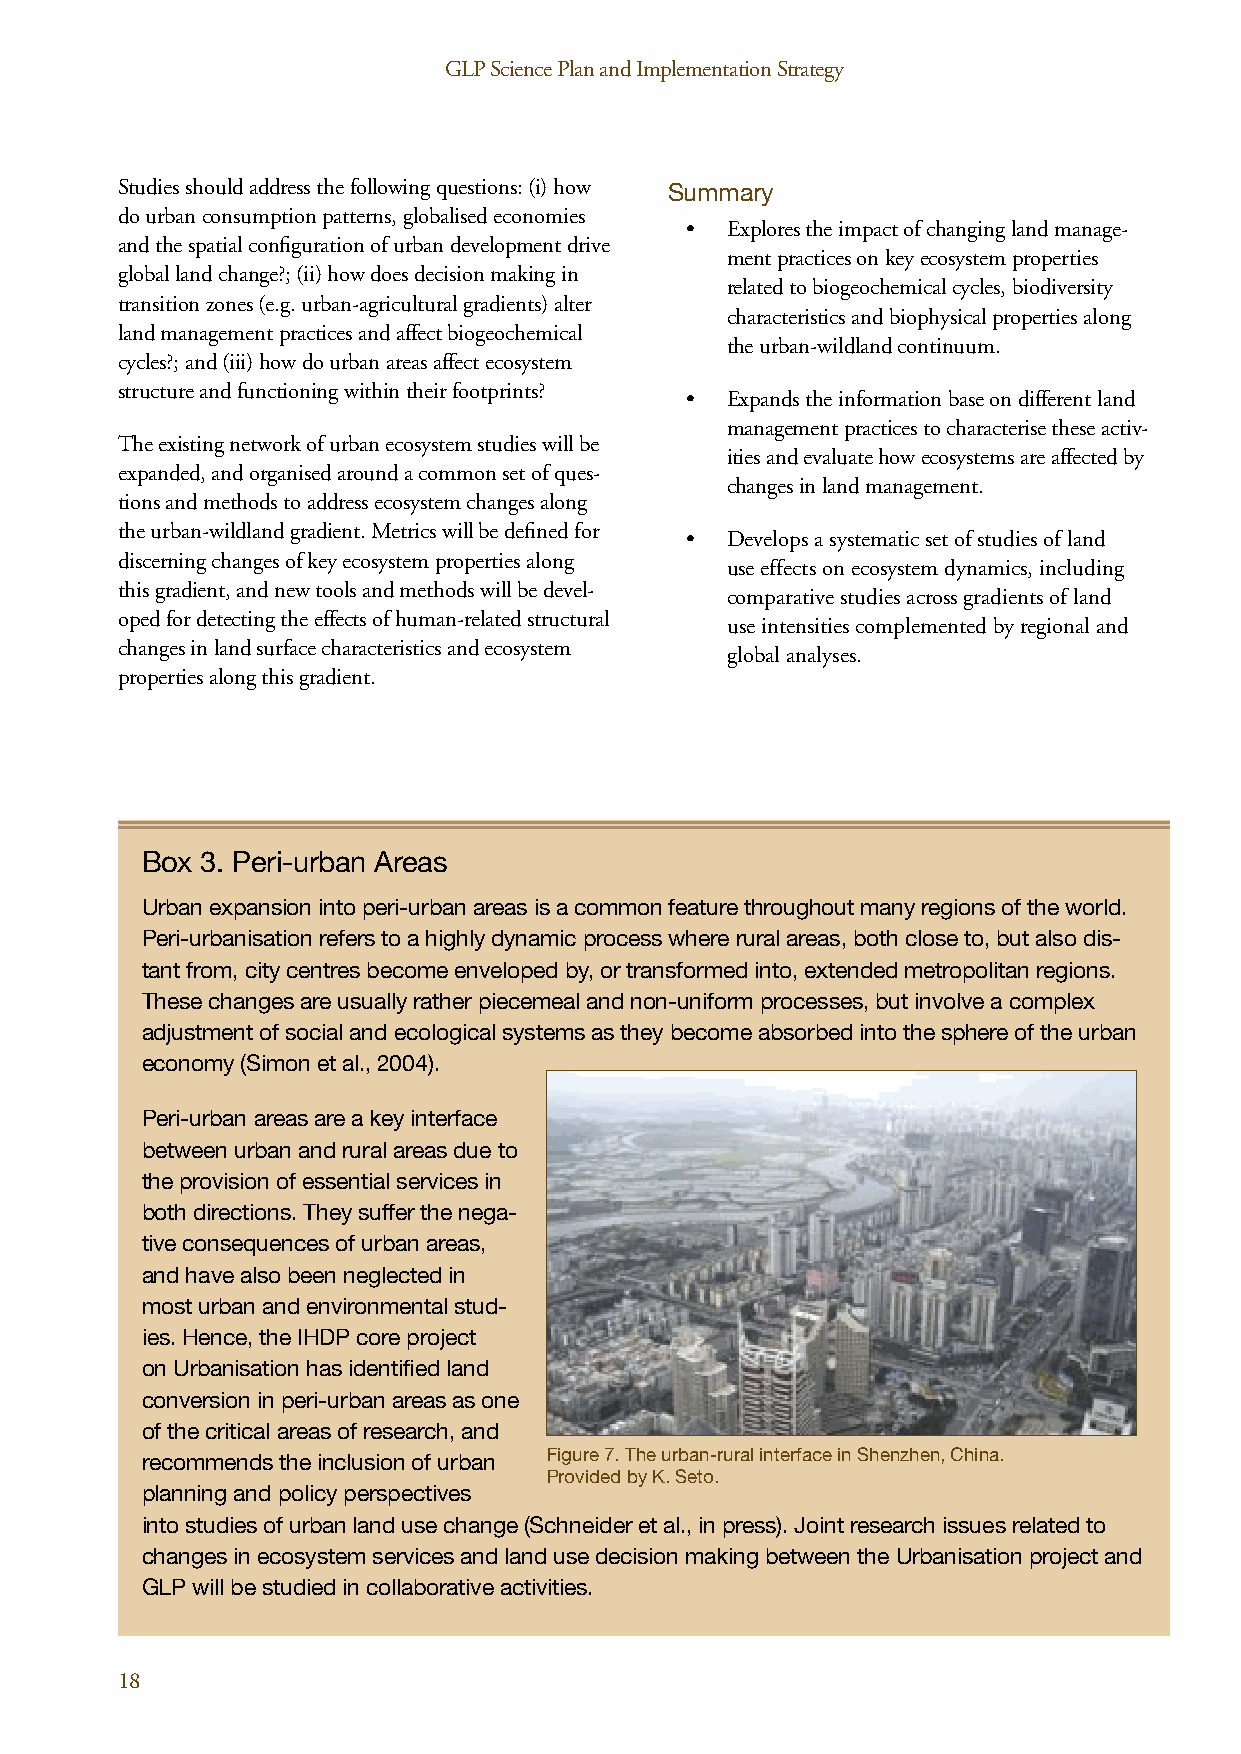
GLP Science Plan and Implementation Strategy                                   GLP Science Plan and Implementation Strategy
 Studies should address the following questions: (i) how Summary
 do urban consumption patterns, globalised economies
 •  Explores the impact of changing land manage-
 and the spatial configuration of urban development drive
 ment practices on key ecosystem properties
 global land change?; (ii) how does decision making in
 related to biogeochemical cycles, biodiversity
 transition zones (e.g. urban-agricultural gradients) alter
 characteristics and biophysical properties along
 land management practices and affect biogeochemical
 the urban-wildland continuum.
 cycles?; and (iii) how do urban areas affect ecosystem
 structure and functioning within their footprints?
 •  Expands the information base on different land
 management practices to characterise these activ-
 The existing network of urban ecosystem studies will be
 ities and evaluate how ecosystems are affected by
 expanded, and organised around a common set of ques-
 changes in land management.
 tions and methods to address ecosystem changes along
 the urban-wildland gradient. Metrics will be defined for
 •  Develops a systematic set of studies of land
 discerning changes of key ecosystem properties along
 use effects on ecosystem dynamics, including
 this gradient, and new tools and methods will be devel-
 comparative studies across gradients of land
 oped for detecting the effects of human-related structural
 use intensities complemented by regional and
 changes in land surface characteristics and ecosystem
 global analyses.
 properties along this gradient.
 Box 3. Peri-urban Areas
 Urban expansion into peri-urban areas is a common feature throughout many regions of the world.
 Peri-urbanisation refers to a highly dynamic process where rural areas, both close to, but also dis-
 tant from, city centres become enveloped by, or transformed into, extended metropolitan regions.
 These changes are usually rather piecemeal and non-uniform processes, but involve a complex
 adjustment of social and ecological systems as they become absorbed into the sphere of the urban
 economy (Simon et al., 2004).
 Peri-urban areas are a key interface
 between urban and rural areas due to
 the provision of essential services in
 both directions. They suffer the nega-
 tive consequences of urban areas,
 and have also been neglected in
 most urban and environmental stud-
 ies. Hence, the IHDP core project
 on Urbanisation has identified land
 conversion in peri-urban areas as one
 of the critical areas of research, and
 recommends the inclusion of urban Figure 7. The urban-rural interface in Shenzhen, China.
 Provided by K. Seto.
 planning and policy perspectives
 into studies of urban land use change (Schneider et al., in press). Joint research issues related to
 changes in ecosystem services and land use decision making between the Urbanisation project and
 GLP will be studied in collaborative activities.
 18                                                                                                                                                 19